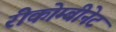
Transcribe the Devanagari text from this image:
रीकोम्बीनेट